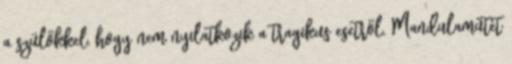
a szülőkkel, hogy nem nyilatkozik a tragikus esetről. Mandulaműtét